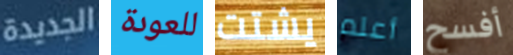
الجديدة للعودة يشتت أعلم أفسح